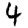
Digit: 4